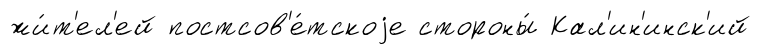
жи́т'ел'ей постсов'е́тскоjе стороны́ Кал'ин'инск'ий